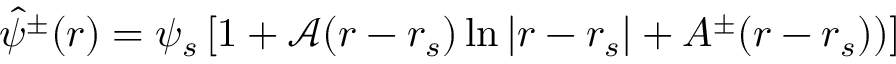
\hat { \psi } ^ { \pm } ( r ) = \psi _ { s } \left[ 1 + \mathcal { A } ( r - r _ { s } ) \ln { | r - r _ { s } | } + A ^ { \pm } ( r - r _ { s } ) ) \right]